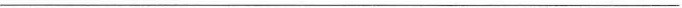
___